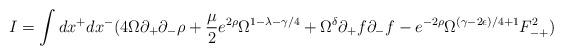
LaTeX: \begin{align*}I = \int dx^+ dx^- ( 4 \Omega \partial_+ \partial_- \rho+ \frac{\mu}{2} e^{2 \rho} \Omega^{1-\lambda -\gamma/4}+ \Omega^{\delta} \partial_+ f \partial_- f - e^{-2 \rho } \Omega^{(\gamma -2\epsilon)/4 +1} F^2_{-+} )\end{align*}